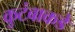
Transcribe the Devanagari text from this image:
कुटंबाकडे